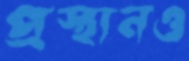
প্রস্থানও